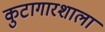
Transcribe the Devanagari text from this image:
कुटागारशाला